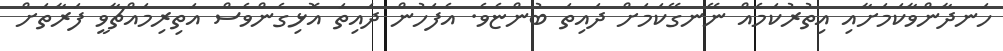
ހަނދާންވާކަމަށާއި އިތުރުކަމެއް ނޭނގޭކަމަށް ދައިތަ ބުންޏެވެ. އެފަހުން ދައިތަ އޮޅިގެންވެސް އަތިރިމައްޗާވީ ފަރާތަށް